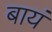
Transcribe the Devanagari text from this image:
बायं